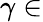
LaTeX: \gamma\in